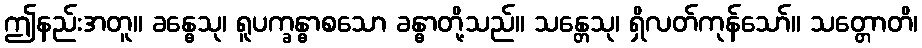
ဤနည်းအတူ။ ခန္ဓေသု၊ ရူပက္ခန္ဓာစသော ခန္ဓာတို့သည်။ သန္တေသု၊ ရှိလတ်ကုန်သော်။ သတ္တောတိ၊